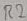
Text: R2